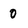
Character: 0